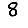
Digit: 8